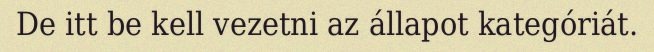
De itt be kell vezetni az állapot kategóriát.